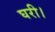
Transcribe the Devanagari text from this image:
घरी।